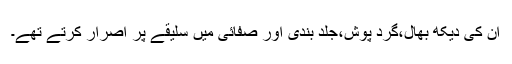
ان کی دیکھ بھال،گرد پوش،جلد بندی اور صفائی میں سلیقے پر اصرار کرتے تھے۔